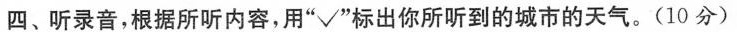
四、听录音,根据所听内容,用"√"标出你所听到的城市的天气.(10分)